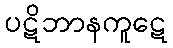
ပဋိဘာနကူဋေ